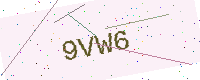
Text: 9VW6